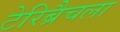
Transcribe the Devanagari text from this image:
टेरिब्रैचला